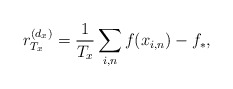
\begin{align*}r_{T_x}^{(d_x)}=\frac{1}{T_x}\sum_{i,n}f(x_{i,n})-f_*,\end{align*}